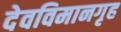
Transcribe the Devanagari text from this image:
देवविमानगृह